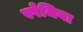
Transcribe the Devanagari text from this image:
स्पेजिया